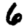
Digit: 6